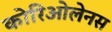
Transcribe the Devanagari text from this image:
कोरिओलेनस